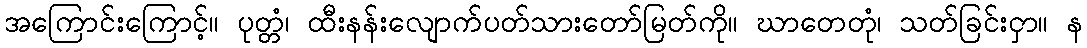
အကြောင်းကြောင့်။ ပုတ္တံ၊ ထီးနန်းလျောက်ပတ်သားတော်မြတ်ကို။ ဃာတေတုံ၊ သတ်ခြင်းငှာ။ န